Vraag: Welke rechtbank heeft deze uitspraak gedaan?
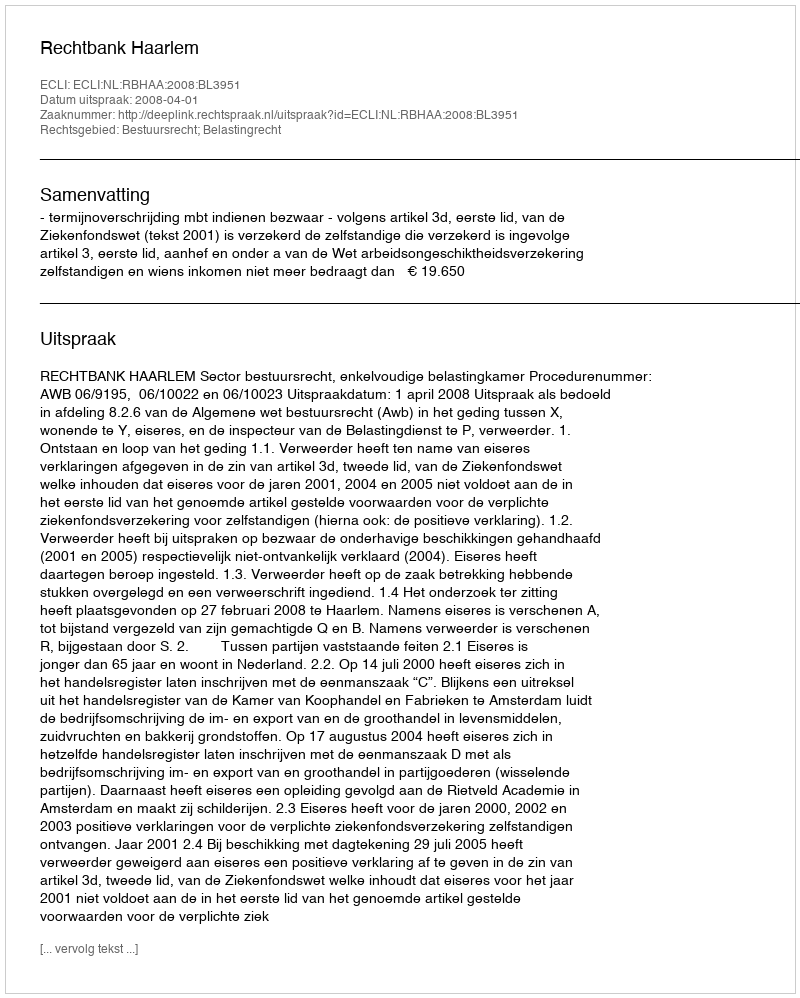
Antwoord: Rechtbank Haarlem